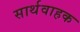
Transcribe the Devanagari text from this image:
सार्थवाहक